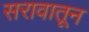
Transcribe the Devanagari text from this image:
सरावातून